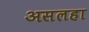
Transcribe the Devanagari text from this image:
असलहा